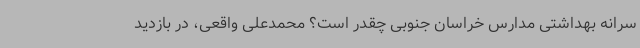
سرانه بهداشتی مدارس خراسان جنوبی چقدر است؟ محمدعلی واقعی، در بازدید